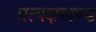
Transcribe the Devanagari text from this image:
प्रत्यक्षखण्ड